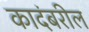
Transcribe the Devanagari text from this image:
कादंबरील